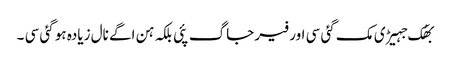
بھُک جہیڑی مک گئی سی اور فیر جاگ پئی بلکہ ہن اگے نال زیادہ ہو گئی سی ۔